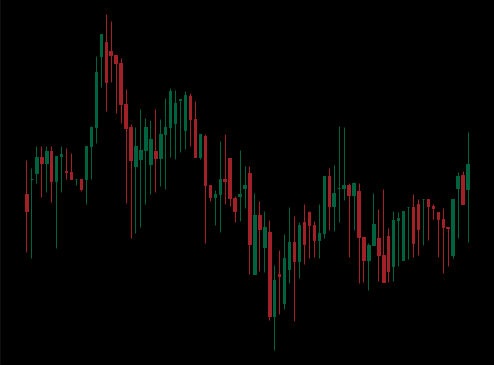
Pattern: unclassified